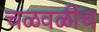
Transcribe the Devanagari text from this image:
चळवळीच